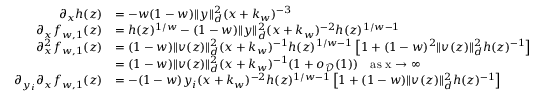
\begin{array} { r l } { \partial _ { x } h ( z ) } & { = - w ( 1 - w ) \| y \| _ { d } ^ { 2 } ( x + k _ { w } ) ^ { - 3 } } \\ { \partial _ { x } f _ { w , 1 } ( z ) } & { = h ( z ) ^ { 1 / w } - ( 1 - w ) \| y \| _ { d } ^ { 2 } ( x + k _ { w } ) ^ { - 2 } h ( z ) ^ { 1 / w - 1 } } \\ { \partial _ { x } ^ { 2 } f _ { w , 1 } ( z ) } & { = ( 1 - w ) \| v ( z ) \| _ { d } ^ { 2 } ( x + k _ { w } ) ^ { - 1 } h ( z ) ^ { 1 / w - 1 } \left[ 1 + ( 1 - w ) ^ { 2 } \| v ( z ) \| _ { d } ^ { 2 } h ( z ) ^ { - 1 } \right] } \\ & { = ( 1 - w ) \| v ( z ) \| _ { d } ^ { 2 } ( x + k _ { w } ) ^ { - 1 } ( 1 + o _ { { \mathcal D } } ( 1 ) ) \quad \mathrm { a s ~ x \to \infty ~ } } \\ { \partial _ { y _ { i } } \partial _ { x } f _ { w , 1 } ( z ) } & { = - ( 1 - w ) y _ { i } ( x + k _ { w } ) ^ { - 2 } h ( z ) ^ { 1 / w - 1 } \left[ 1 + ( 1 - w ) \| v ( z ) \| _ { d } ^ { 2 } h ( z ) ^ { - 1 } \right] } \end{array}